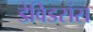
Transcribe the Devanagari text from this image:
डेविडसंस